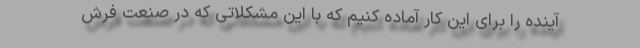
آینده را برای این کار آماده کنیم که با این مشکلاتی که در صنعت فرش